Indian journal of veterinary science and animal husbandry - Volumes 22-23, 1952-1953
Year: 1952
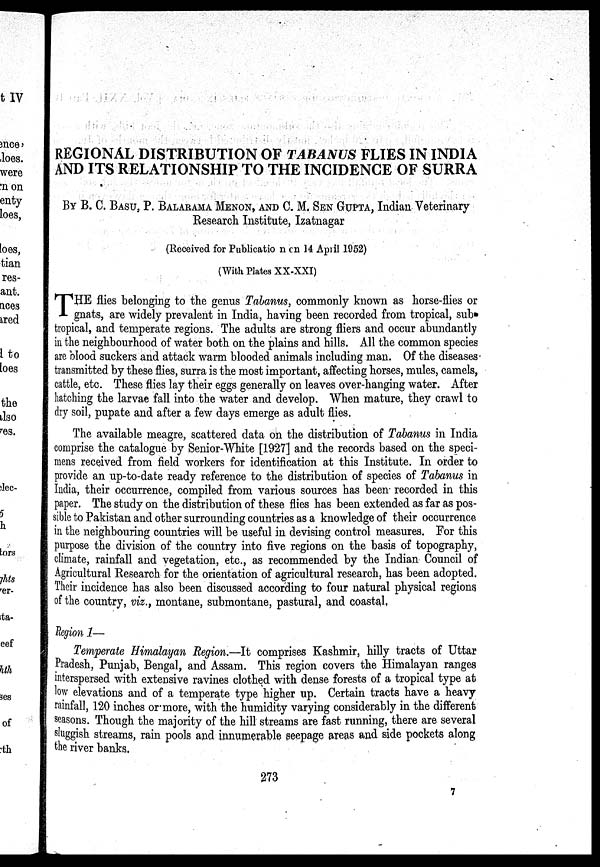
REGIONAL DISTRIBUTION OF TABANUS FLIES IN INDIA
AND ITS RELATIONSHIP TO THE INCIDENCE OF SURRA
BY B. C. BASU. P. BALARAMA MENON, AND C. M. SEN GUPTA, Indian Veterinary
Research Institute, Izatnagar
(Received for Publication on 14 April 1952)
(With Plates XX-XXI)
T HE flies belonging to the genus Tabanus, commonly known as horse-flies or
gnats, are widely prevalent in India, having been recorded from tropical, sub»
tropical, and temperate regions. The adults are strong fliers and occur abundantly
in the neighbourhood of water both on the plains and hills. All the common species
are blood suckers and attack warm blooded animals including man. Of the diseases'
transmitted by these flies, surra is the most important, affecting horses, mules, camels,
cattle, etc. These flies lay their eggs generally on leaves over-hanging water. After
hatching the larvae fall into the water and develop. When mature, they crawl to
dry soil, pupate and after a few days emerge as adult flies.
The available meagre, scattered data on the distribution of Tabanus in India
comprise the catalogue by Senior-White [1927] and the records based on the speci-
mens received from field workers for identification at this Institute. In order to
provide an up-to-date ready reference to the distribution of species of Tabanus in
India, their occurrence, compiled from various sources has been recorded in this
paper. The study on the distribution of these flies has been extended as far as pos-
sible to Pakistan and other surrounding countries as a knowledge of their occurrence
in the neighbouring countries will be useful in devising control measures. For this
purpose the division of the country into five regions on the basis of topography,
climate, rainfall and vegetation, etc., as recommended by the Indian Council of
Agricultural Research for the orientation of agricultural research, has been adopted.
Their incidence has also been discussed according to four natural physical regions
of the country, viz., montane, submontane, pastural, and coastal.
Region 1—
Temperate Himalayan Region.—It comprises Kashmir, hilly tracts of Uttar
Pradesh, Punjab, Bengal, and Assam. This region covers the Himalayan ranges
interspersed with extensive ravines clothed with dense forests of a tropical type at
low elevations and of a temperate type higher up. Certain tracts have a heavy
rainfall, 120 inches or more, with the humidity varying considerably in the different
seasons. Though the majority of the hill streams are fast running, there are several
sluggish streams, rain pools and innumerable seepage areas and side pockets along
the river banks.
273
7